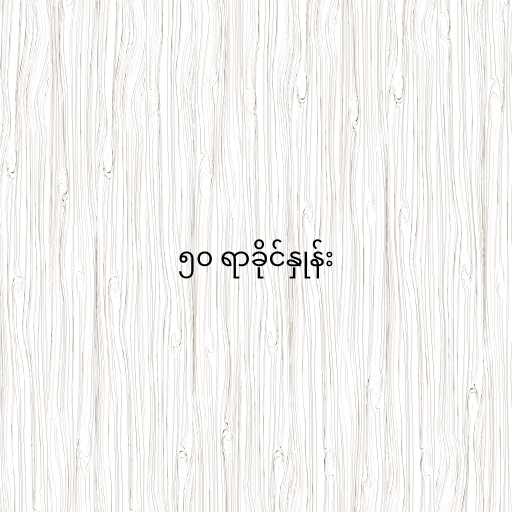
၅၀ ရာခိုင်နှုန်း